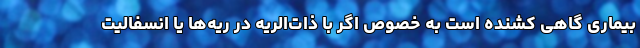
بیماری گاهی کشنده است به خصوص اگر با ذات‌الریه در ریه‌ها یا انسفالیت